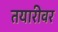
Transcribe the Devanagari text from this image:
तयारीवर